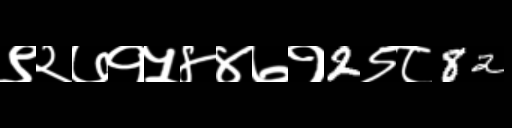
Text: ९२७१५४४७१2९८82